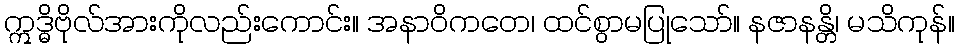
ဣဒ္ဓိဗိုလ်အားကိုလည်းကောင်း။ အနာဝိကတေ၊ ထင်စွာမပြုသော်။ နဇာနန္တိ၊ မသိကုန်။